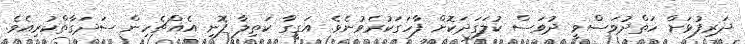
ދަރިފުޅަށް ހަތްދުވަސްވީ ދުވަސް ކުލަގަދަކޮށް ފާހަގަކުރެވުނެވެ. އަގީގާ ކަތިލާ ފޮނި އެއްޗެހިން ސަދަގާތްކުރިއެވެ.